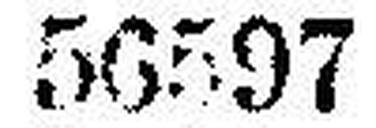
56597